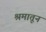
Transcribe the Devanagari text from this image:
श्रमातून